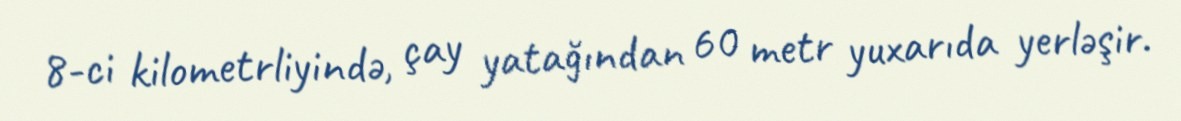
8-ci kilometrliyində, çay yatağından 60 metr yuxarıda yerləşir.